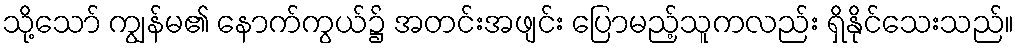
သို့သော် ကျွန်မ၏ နောက်ကွယ်၌ အတင်းအဖျင်း ပြောမည့်သူကလည်း ရှိနိုင်သေးသည်။